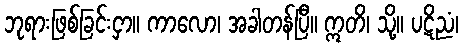
ဘုရားဖြစ်ခြင်းငှာ။ ကာလော၊ အခါတန်ပြီ။ ဣတိ၊ သို့။ ပဋိညံ၊